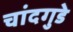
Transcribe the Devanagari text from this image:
चांदगुडे